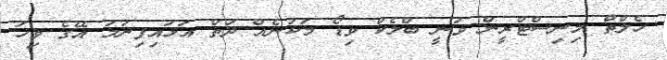
ހެލްތް މިނިސްޓްރީން ވަނީ ބްލެކް ވިޑޯ މަކުނެއް ދަތް އަޅައިފިނަމަ އޭގެ ވިހަ